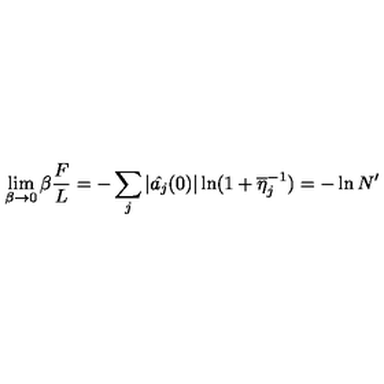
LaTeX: \lim _ { \beta \rightarrow 0 } \beta \frac { F } { L } = - \sum _ { j } | \hat { a _ { j } } ( 0 ) | \ln ( 1 + \overline { { \eta } } _ { j } ^ { - 1 } ) = - \ln N ^ { \prime }